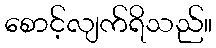
စောင့်လျက်ရိသည်။